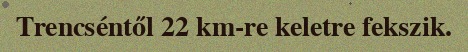
Trencséntől 22 km-re keletre fekszik.